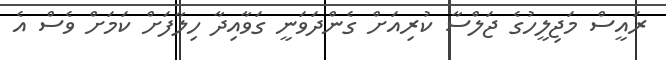
ރައީސް މަޖިލީހުގެ ޖަލްސާ ކުރިއަށް ގެންދަވަނީ ގަވާއިދާ ހިލާފަށް ކަމަށް ވެސް އެ